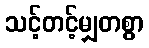
သင့်တင့်မျှတစွာ